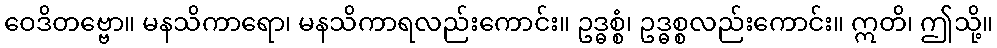
ဝေဒိတဗ္ဗော။ မနသိကာရော၊ မနသိကာရလည်းကောင်း။ ဥဒ္ဓစ္စံ၊ ဥဒ္ဓစ္စလည်းကောင်း။ ဣတိ၊ ဤသို့။